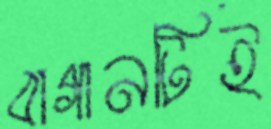
বাগানটিই